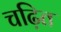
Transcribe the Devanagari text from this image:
चढ़ित